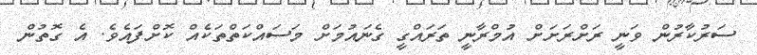
ސަރުކާރުން ވަނީ ރަށްރަށަށް އުމްރާނީ ތަރައްގީ ގެނައުމަށް މަސައްކަތްތަކެއް ކޮށްފައެވެ. އެ ގޮތުން